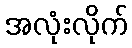
အလုံးလိုက်